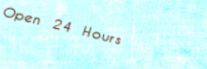
Open 24 Hours